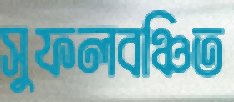
সুফলবঞ্চিত